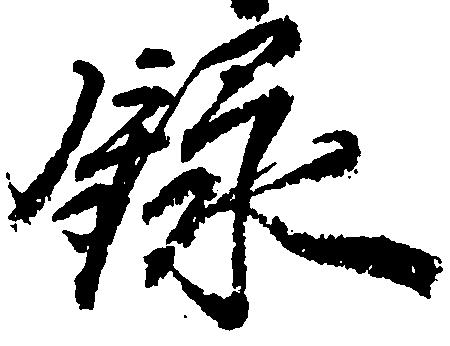
録